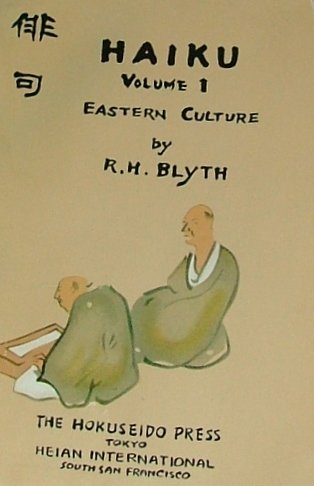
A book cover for Haiku, Vol. 1: Eastern Culture; R. H. Blyth; Literature & Fiction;